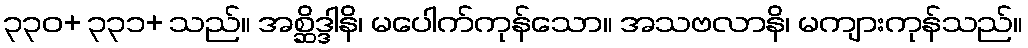
၃၃၀+ ၃၃၁+ သည်။ အစ္ဆိဒ္ဒါနိ၊ မပေါက်ကုန်သော။ အသဗလာနိ၊ မကျားကုန်သည်။